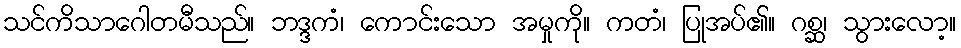
သင်ကိသာဂေါတမီသည်။ ဘဒ္ဒကံ၊ ကောင်းသော အမှုကို။ ကတံ၊ ပြုအပ်၏။ ဂစ္ဆ၊ သွားလော့။